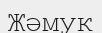
Жәмук